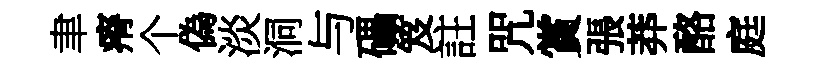
聿瘠个偽淡洞与礧笈註咒賞張莽酪庭